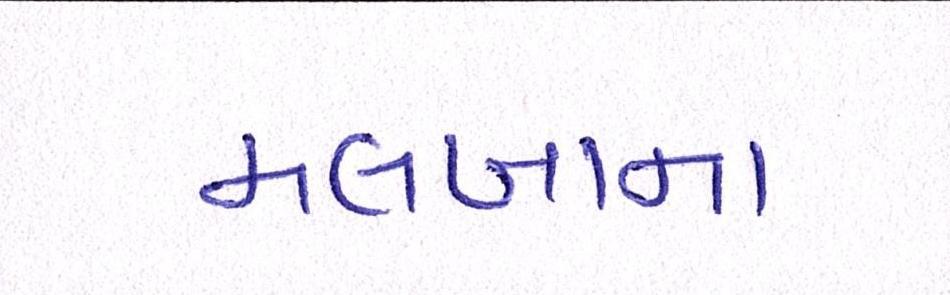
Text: મલબાના